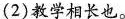
(2)教学相长也。